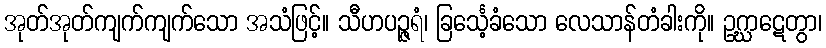
အုတ်အုတ်ကျက်ကျက်သော အသံဖြင့်။ သီဟပဉ္ဇရံ၊ ခြင်္သေ့ခံသော လေသာန်တံခါးကို။ ဥဂ္ဃာဋေတွာ၊